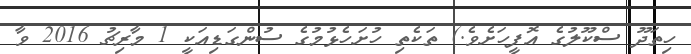
ހިތަދޫ ސްކޫލުގެ އޮފީހަށެވެ.) ތަކެތި ހުށަހެޅުމުގެ ސުންގަޑިއަކީ 1 މާރިޗު 2016 ވާ